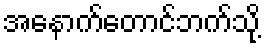
အနောက်တောင်ဘက်သို့